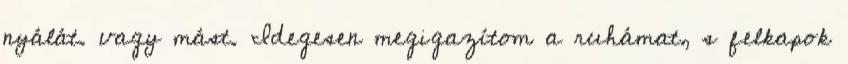
nyálát. vagy mást. Idegesen megigazítom a ruhámat, s felkapok